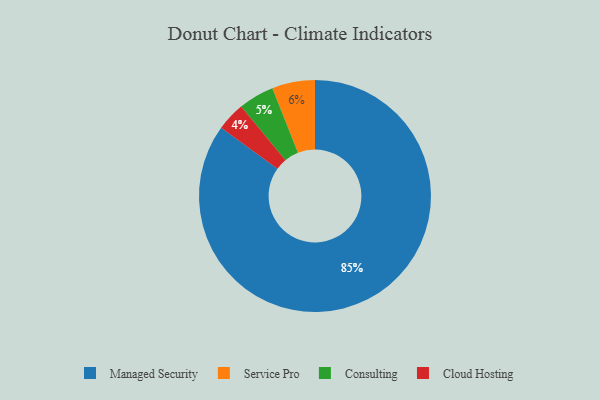
{"axis": {"x": "Category", "y": "Percentage"}, "legend": ["Cloud Hosting", "Consulting", "Managed Security", "Service Pro"], "data": [{"x": "Service Pro", "y": 6, "type": "Service Pro"}, {"x": "Managed Security", "y": 85, "type": "Managed Security"}, {"x": "Consulting", "y": 5, "type": "Consulting"}, {"x": "Cloud Hosting", "y": 4, "type": "Cloud Hosting"}]}